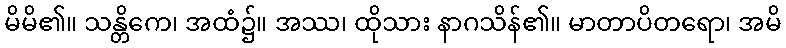
မိမိ၏။ သန္တိကေ၊ အထံ၌။ အဿ၊ ထိုသား နာဂသိန်၏။ မာတာပိတရော၊ အမိ